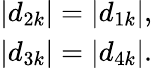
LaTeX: \begin{array}{r}{|d_{2k}|=|d_{1k}|,}\\ {|d_{3k}|=|d_{4k}|.}\end{array}